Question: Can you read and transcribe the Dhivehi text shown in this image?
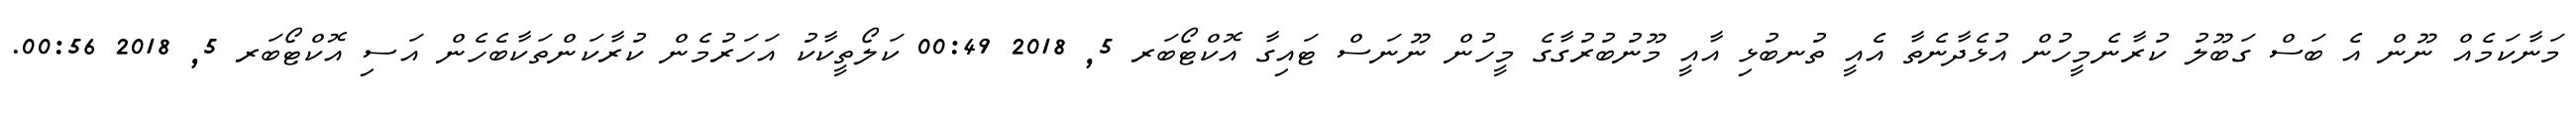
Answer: މަނާކަމެއް ނޫން އެ ބަސް ގަބޫލު ކުރާނެމީހުން އުޅެދާނެތާ އެއީ ތުނބުޅި އާއީ މޫނުބުރުގާގެ މީހުން ނޫނަސް ޓައިގާ އޮކްޓޯބަރ 5, 2018 00:49 ކަލޯތީކާކު އަހަރުމެން ކުރާކަންތަކާބެހެން އަސި އޮކްޓޯބަރ 5, 2018 00:56.